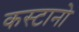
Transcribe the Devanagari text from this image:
कस्टानो